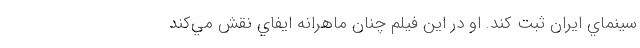
سينماي ايران ثبت کند. او در اين فيلم چنان ماهرانه ايفاي نقش مي‌کند